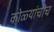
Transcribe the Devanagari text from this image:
कोळ्यांचीच